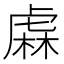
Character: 𧇃